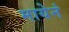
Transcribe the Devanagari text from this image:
मायेनं